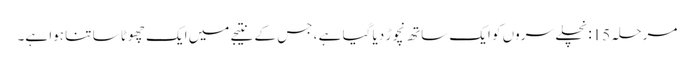
مرحلہ 15: نچلے سروں کو ایک ساتھ نچوڑ دیا گیا ہے ، جس کے نتیجے میں ایک چھوٹا سا تنا ہوا ہے۔